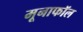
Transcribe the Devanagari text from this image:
मूनाफॉल